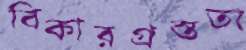
বিকারগ্রস্ততা